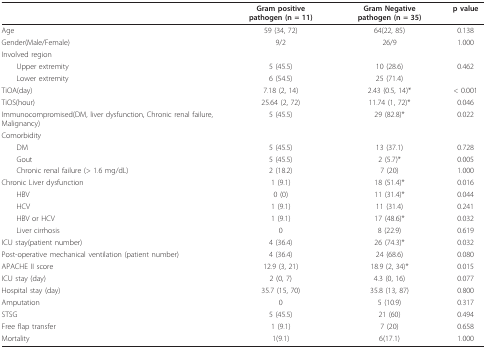
|  | Gram positive pathogen (n = 11) | Gram Negative pathogen (n = 35) | p value |
 | --- | --- | --- | --- |
 | Age | 59 (34, 72) | 64(22, 85) | 0.138 |
 | Gender(Male/Female) | 9/2 | 26/9 | 1.000 |
 | Involved region |  |  |  |
 | Upper extremity | 5 (45.5) | 10 (28.6) | 0.462 |
 | Lower extremity | 6 (54.5) | 25 (71.4) |  |
 | TiOA(day) | 7.18 (2, 14) | 2.43 (0.5, 14)* | < 0.001 |
 | TiOS(hour) | 25.64 (2, 72) | 11.74 (1, 72)* | 0.046 |
 | Immunocompromised(DM, liver dysfunction, Chronic renal failure, Malignancy) | 5 (45.5) | 29 (82.8)* | 0.022 |
 | Comorbidity |  |  |  |
 | DM | 5 (45.5) | 13 (37.1) | 0.728 |
 | Gout | 5 (45.5) | 2 (5.7)* | 0.005 |
 | Chronic renal failure (> 1.6 mg/dL) | 2 (18.2) | 7 (20) | 1.000 |
 | Chronic Liver dysfunction | 1 (9.1) | 18 (51.4)* | 0.016 |
 | HBV | 0 (0) | 11 (31.4)* | 0.044 |
 | HCV | 1 (9.1) | 11 (31.4) | 0.241 |
 | HBV or HCV | 1 (9.1) | 17 (48.6)* | 0.032 |
 | Liver cirrhosis | 0 | 8 (22.9) | 0.619 |
 | ICU stay(patient number) | 4 (36.4) | 26 (74.3)* | 0.032 |
 | Post-operative mechanical ventilation (patient number) | 4 (36.4) | 24 (68.6) | 0.080 |
 | APACHE II score | 12.9 (3, 21) | 18.9 (2, 34)* | 0.015 |
 | ICU stay (day) | 2 (0, 7) | 4.3 (0, 16) | 0.077 |
 | Hospital stay (day) | 35.7 (15, 70) | 35.8 (13, 87) | 0.800 |
 | Amputation | 0 | 5 (10.9) | 0.317 |
 | STSG | 5 (45.5) | 21 (60) | 0.494 |
 | Free flap transfer | 1 (9.1) | 7 (20) | 0.658 |
 | Mortality | 1(9.1) | 6(17.1) | 1.000 |